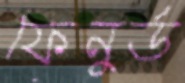
ফেনুর্ড